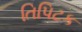
તિપિટક